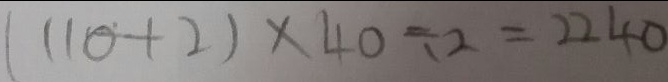
( 1 1 0 + 2 ) \times 4 0 \div 2 = 2 2 4 0